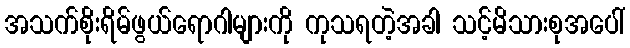
အသက်စိုးရိမ်ဖွယ်ရောဂါများကို ကုသရတဲ့အခါ သင့်မိသားစုအပေါ်